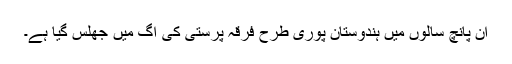
ان پانچ سالوں میں ہندوستان پوری طرح فرقہ پرستی کی آگ میں جھلس گیا ہے۔